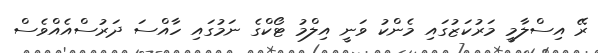
ރޭ އިސްލާމީ މަރުކަޒުގައި މެންކު ވަނީ އިލްމު ޓޯކްގެ ނަމުގައި ހާއްސަ ދަރުސްއެއްވެސް